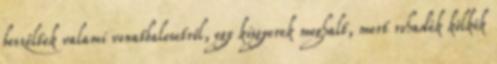
beszéltek valami vonatbalesetről, egy kisgyerek meghalt, mert rohadék kölkök